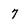
Character: 7